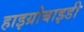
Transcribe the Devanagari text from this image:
हाइग्रोबाइडी